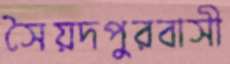
সৈয়দপুরবাসী